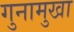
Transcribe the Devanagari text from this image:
गुनामुखा